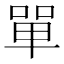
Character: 單